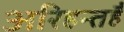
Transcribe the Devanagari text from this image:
अरिहन्तहै